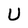
Character: U